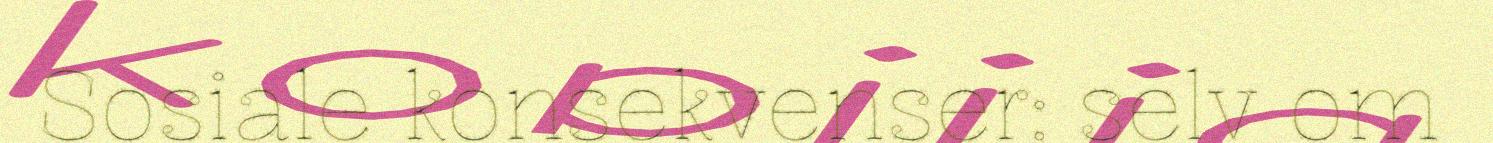
Sosiale konsekvenser: selv om